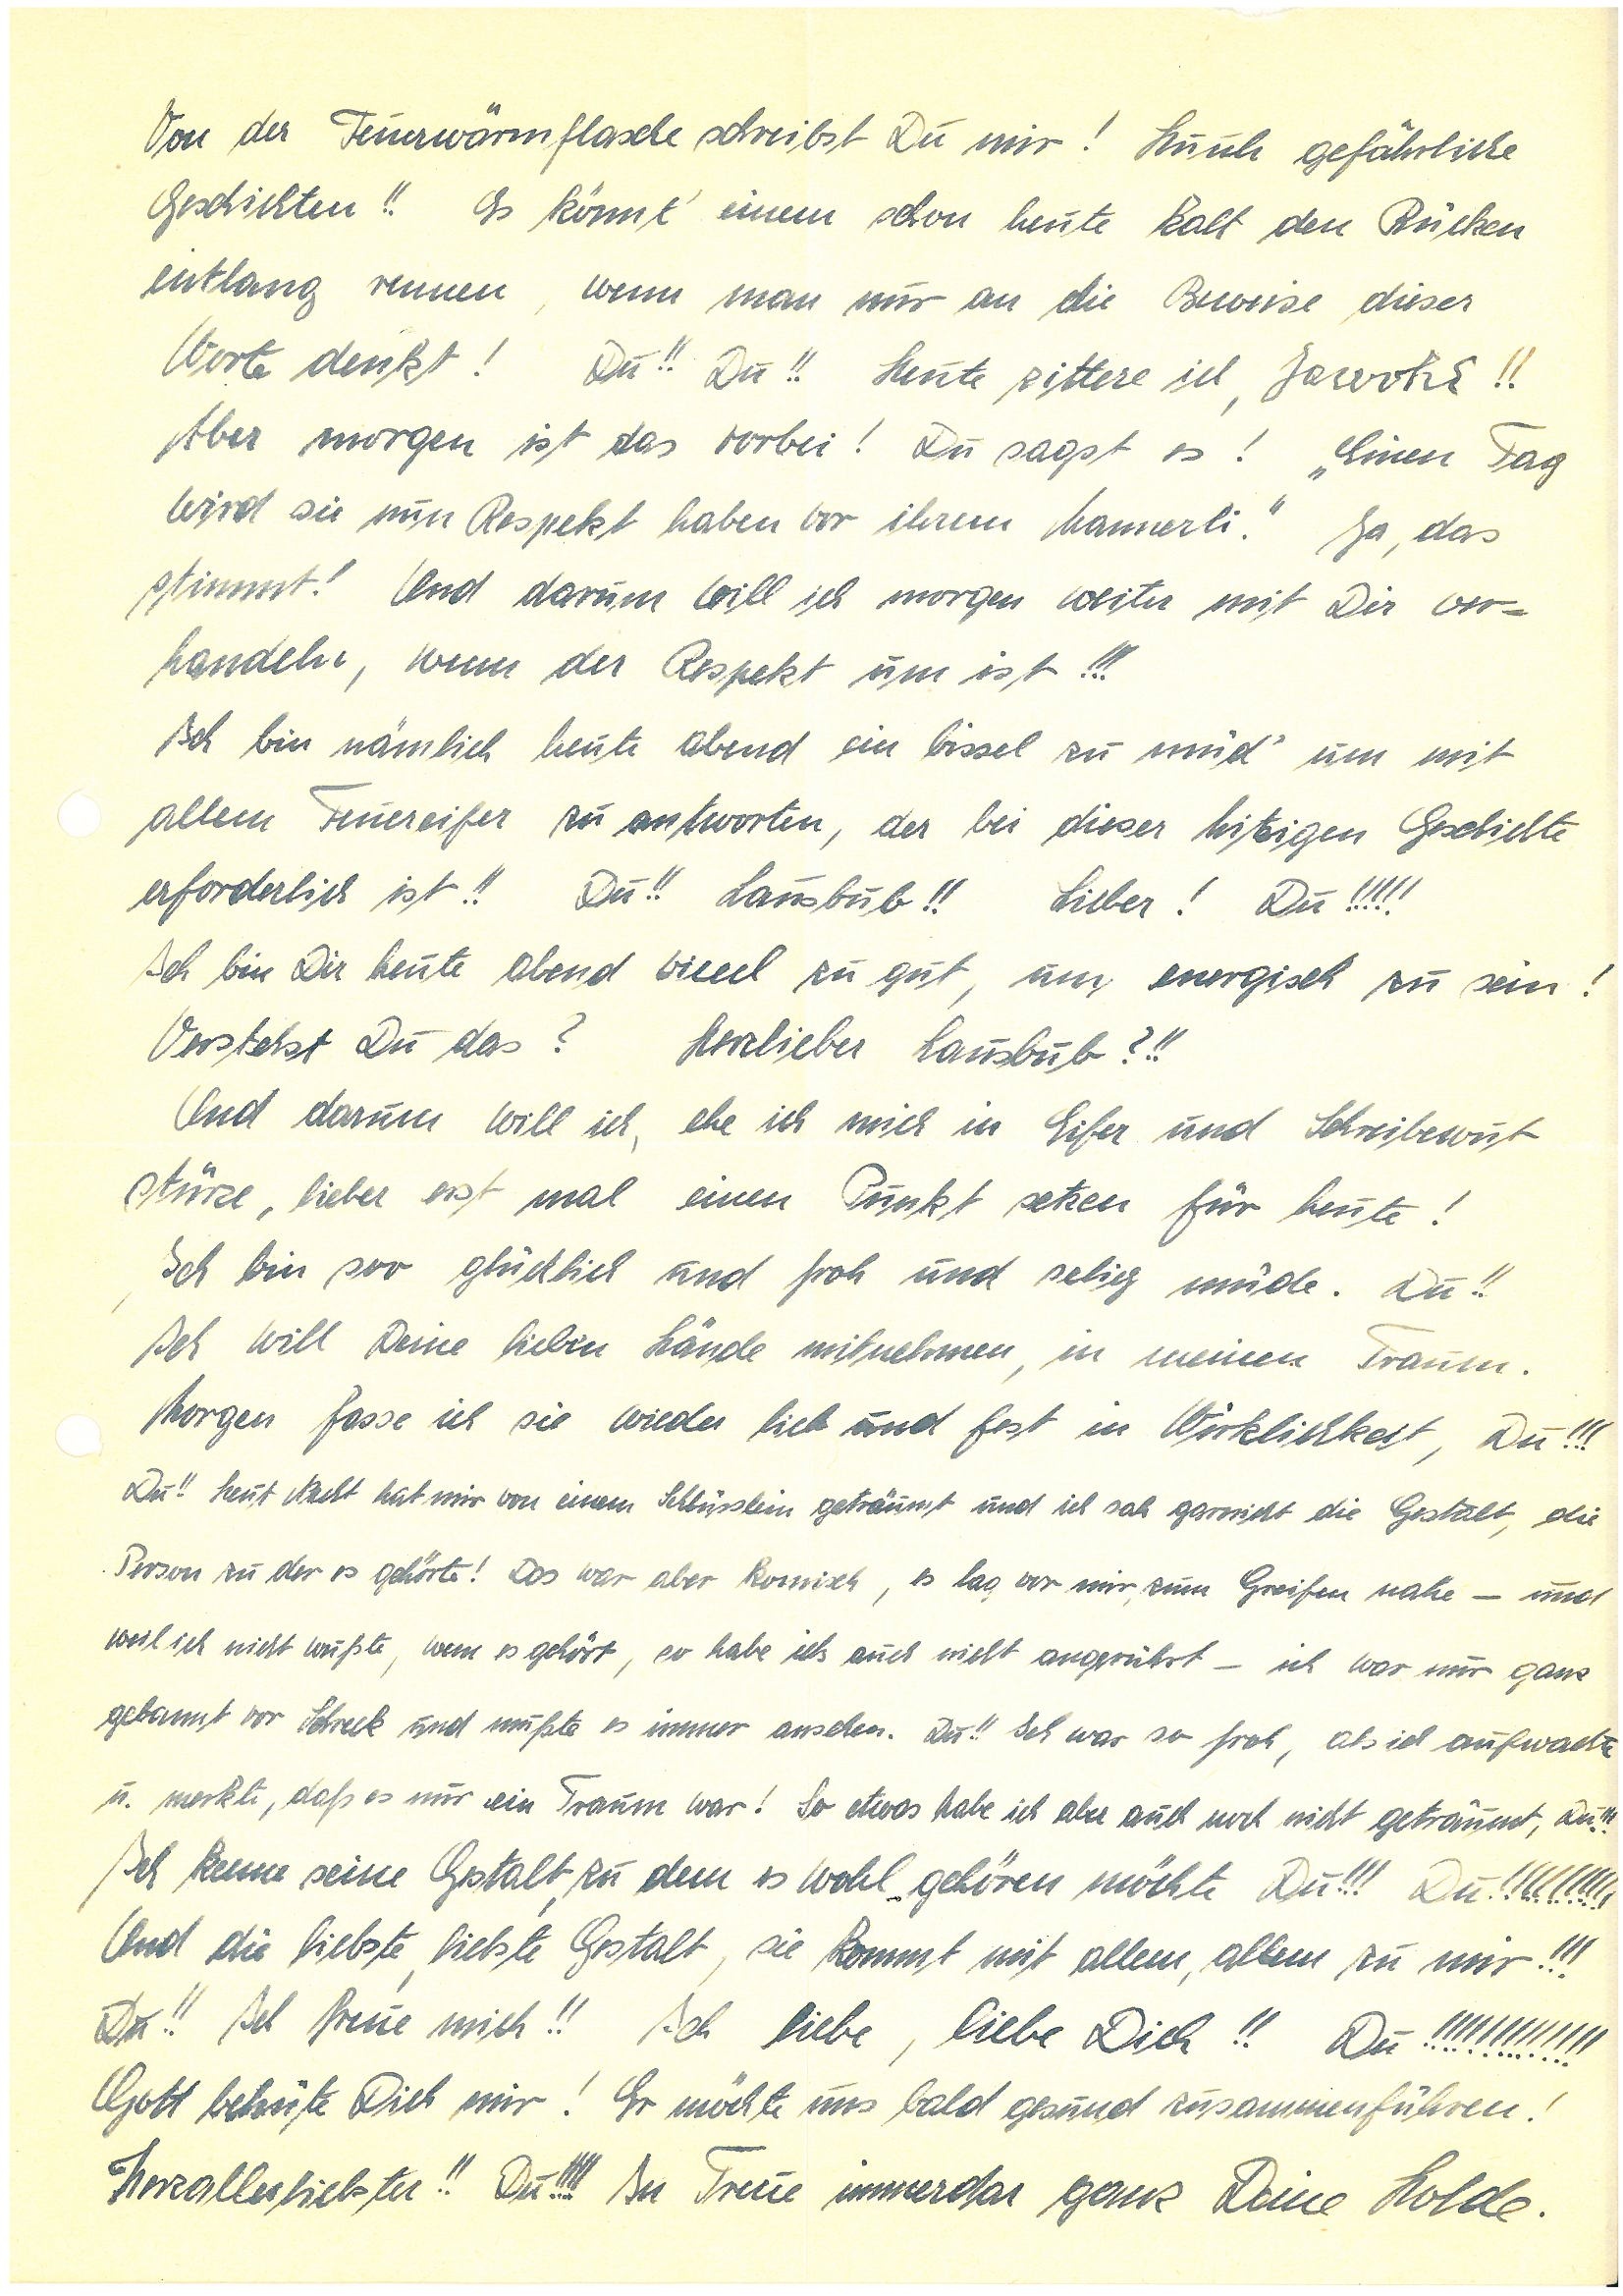
Von der Feuerwärmflasche schreibst Du mir! Huuh gefährliche
Geschichten!! Es könnt’ einem schon heute kalt den Rücken
entlang rennen, wenn man nur an die Beweise dieser
Worte denkt! Du!! Du!! Heute zittere ich, Jawohl!!
Aber morgen ist das vorbei! Du sagst es! „Einen Tag
wird sie nun Respekt haben vor ihrem Mannerli.” Ja, das
stimmt! Und darum will ich morgen weiter mit Dir ver¬
handeln, wenn der Respekt um ist!!!
Ich bin nämlich heute abend ein bissel zu müd' um mit
allem Feuereifer zu antworten, der bei dieser hitzigen Geschichte
erforderlich ist!! Du!! Lausbub!! Lieber! Du!!!!!
Ich bin Dir heute abend vieeel zu gut, um energisch zu sein!
Verstehst Du das? Herzlieber Lausbub?!!
Und darum will ich, ehe ich mich in Eifer und Schreibewut
stürze, lieber erst mal einen Punkt setzen für heute!
Ich bin soo glücklich und froh und selig müde. Du!!
Ich will Deine lieben Hände mitnehmen in meinen Traum.
Morgen fasse ich sie wieder lieb und fest in Wirklichkeit, Du!!!
Du!! Heut Nacht hat mir von einem Schlüsslein geträumt, und ich sah gar nicht die Gestalt, die
Person zu der es gehörte! Das war aber komisch, es lag vor mir, zum Greifen nahe und
weil ich nicht wußte, wem es gehört, so habe ichs auch nicht angerührt – ich war nur ganz
gebannt vor Schreck und mußte es immer ansehen. Du!! Ich war so froh, als ich aufwachte
u. merkte, daß es nur ein Traum war. So etwas habe ich aber auch noch nicht geträumt, Du!!!
Ich kenne seine Gestalt, zu dem es wohl gehören möchte Du!!! Du!!!!!!!!!!
Und die liebste, liebste Gestalt, sie kommt mit allem, allem zu mir!!!
Du!! Ich freue mich!! Ich liebe, liebe Dich!! Du!!!!!!!!!!!!!
Gott behüte Dich mir! Er möchte uns bald gesund zusammenführen!
Herzallerliebster!! Du!!!! In Treue immerdar ganz Deine Holde.